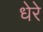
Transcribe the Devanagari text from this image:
धेरे